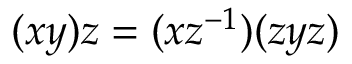
( x y ) z = ( x z ^ { - 1 } ) ( z y z )